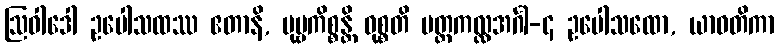
ဩဝါဒေါ ဥပေါသထဿ ဧတာနိ, ပုဗ္ဗကိစ္စန္တိ ဝုစ္စတိ ပတ္တကလ္လအင်္ဂါ-၄ ဥပေါသထော, ယာဝတိကာ